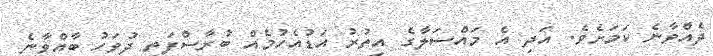
ދެއްވާނެ ކަމަށެވެ. އަދި އެ މައްސަލާގެ އިތުރު އަޑުއެހުމެއް ބުރާސްފަތި ދުވަހު ބާއްވާނެ